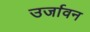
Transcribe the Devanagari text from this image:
उर्जावन